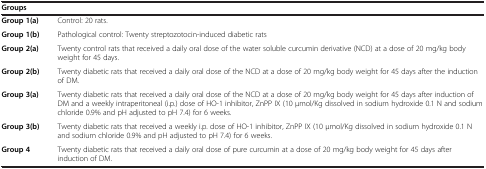
| Groups |  |
 | --- | --- |
 | Group 1(a) | Control: 20 rats. |
 | Group 1(b) | Pathological control: Twenty streptozotocin-induced diabetic rats |
 | Group 2(a) | Twenty control rats that received a daily oral dose of the water soluble curcumin derivative (NCD) at a dose of 20 mg/kg body weight for 45 days. |
 | Group 2(b) | Twenty diabetic rats that received a daily oral dose of the NCD at a dose of 20 mg/kg body weight for 45 days after the induction of DM. |
 | Group 3(a) | Twenty diabetic rats that received a daily oral dose of the NCD at a dose of 20 mg/kg body weight for 45 days after induction of DM and a weekly intraperitoneal (i.p.) dose of HO-1 inhibitor, ZnPP IX (10 μmol/Kg dissolved in sodium hydroxide 0.1 N and sodium chloride 0.9% and pH adjusted to pH 7.4) for 6 weeks. |
 | Group 3(b) | Twenty diabetic rats that received a weekly i.p. dose of HO-1 inhibitor, ZnPP IX (10 μmol/Kg dissolved in sodium hydroxide 0.1 N and sodium chloride 0.9% and pH adjusted to pH 7.4) for 6 weeks. |
 | Group 4 | Twenty diabetic rats that received a daily oral dose of pure curcumin at a dose of 20 mg/kg body weight for 45 days after induction of DM. |